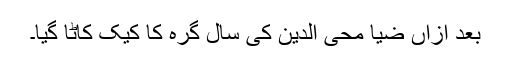
بعد ازاں ضیا محی الدین کی سال گرہ کا کیک کاٹا گیا۔